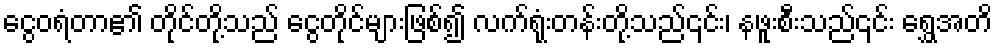
ငွေဝရံတာ၏ တိုင်တို့သည် ငွေတိုင်များဖြစ်၍ လက်ရုံးတန်းတို့သည်၎င်း၊ နဖူးစီးသည်၎င်း ရွှေအတိ